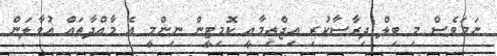
ނަމަވެސް މި ބިލް ދިރާސާކުރި އިޖްތިމާއީ ކޮމިޓީން ނިންމީ އެ މާއްދާތައް އުވާލަން